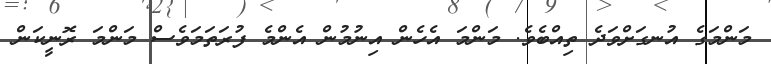
މަންމަގެ އުނގަށްވަދެ ތިއްބެވެ. މަންމަ އެހެން އިނުމުން އެންމެ ފުރަތަމަވެސް މަންމަ ރޮނީކަން